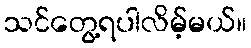
သင်တွေ့ရပါလိမ့်မယ်။